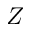
Z